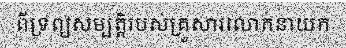
ពីទ្រព្យសម្បត្តិរបស់គ្រួសារលោកនាយក